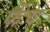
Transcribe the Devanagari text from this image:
फैंच